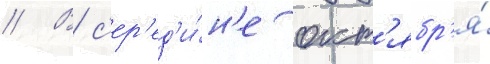
// В с'ер'ед'и́н'е окт'ябр'я́